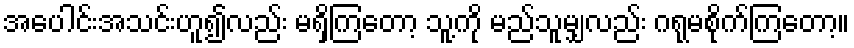
အပေါင်းအသင်းဟူ၍လည်း မရှိကြတော့ သူ့ကို မည်သူမျှလည်း ဂရုမစိုက်ကြတော့။